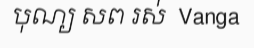
បុណ្យ សព រស់  Vanga